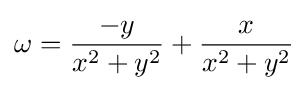
\omega ={\frac {-y}{x^{2}+y^{2}}}+{\frac {x}{x^{2}+y^{2}}}